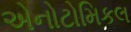
એનોટોમિકલ